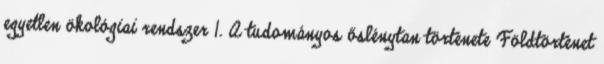
egyetlen ökológiai rendszer 1. A tudományos őslénytan története Földtörténet